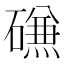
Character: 𰧧